Development of the parasite of Indian kala azar - Number 53
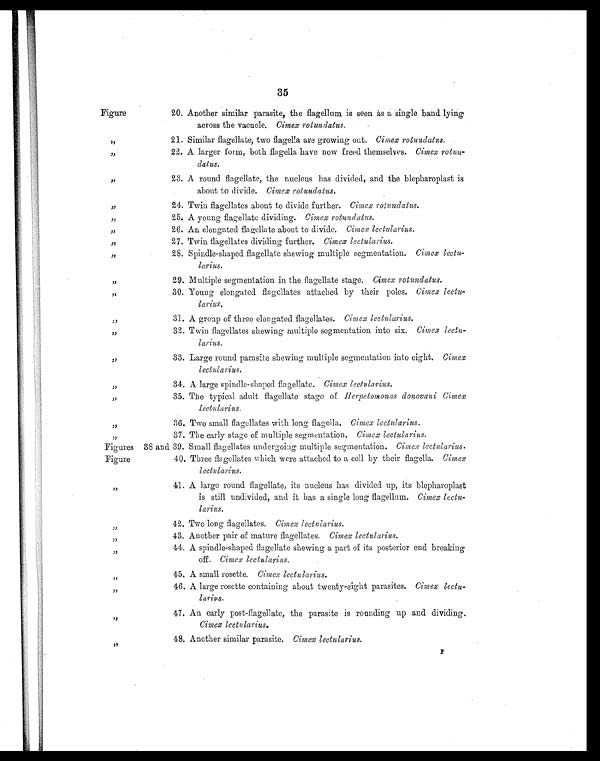
35
Figure
20. Another similar parasite, the flagellum is seen as a single band lying
across the vacuole. Cimex rotundatus.
„
21. Similar flagellate, two flagella are grow ing out. Cimex rotundatus.
,,
22. A larger form, both flagella have now freed themselves. Cimex rotun-
datus.
,,
23. A round flagellate, the nucleus has divided, and the blepharoplast is
about to divide. Cimex rotundatus.
,,
24. Twin flagellates about to divide further. Cimex rotundatus.
„
25. A young flagellate dividing. Cimex rotundatus.
„
26. An elongated flagellate about to divide. Cimex lectularius.
,,
27. Twin flagellates dividing further. Cimex lectularius.
„
28. Spindle-shaped flagellate shewing multiple segmentation. Cimex lectu-
larius.
„
29. Multiple segmentation in the flagellate stage. Cimex rotundatus.
„
30. Young elongated flagellates attached by their poles. Cimex lectu-
larius.
„
31. A group of three elongated flagellates. Cimex lectularius.
„
32. Twin flagellates shewing multiple segmentation into six. Cimex lectu-
larius.
,,
33. Large round parasite shewing multiple segmentation into eight. Cimex
lectularius.
„
34. A large spindle-shaped flagellate. Cimex lectularius.
„
35. The typical adult flagellate stage of Herpetomonas donovani Cimex
lectularius.
„
36. Two small flagellates with long flagella. Cimex lectularius.
„
37. The early stage of multiple segmentation. Cimex lectularius.
Figures 38 and 39. Small flagellates undergoing multiple segmentation. Cimex lectularius.
Figure
40. Three flagellates which were attached to a cell by their flagella. Cimex
lectularius.
,,
41. A large round flagellate, its nucleus has divided up, its blepharoplast
is still undivided, and it has a single long flagellum. Cimex lectu-
larius.
„
42. Two long flagellates. Cimex lectularius.
„
43. Another pair of mature flagellates. Cimex lectularius.
„
44. A spindle-shaped flagellate shewing a part of its posterior end breaking
off. Cimex lectularius.
„
45. A small rosette. Cimex lectularius.
„
46. A large rosette containing about twenty-eight parasites. Cimex lectu-
larius
„
47. An early post-flagellate, the parasite is rounding up and dividing.
Cimex lectularius.
„
48. Another similar parasite. Cimex lectularius.
F